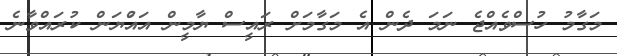
މަގާމު ހުސްވެއްޖެ ނަމަ ދެން އެ މަގާމަށް ރައީސް ޔާމީން އައްުޔަން ކުރައްވާނެ